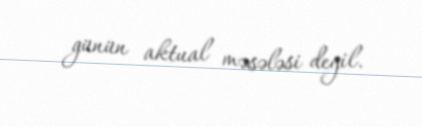
günün aktual məsələsi deyil.